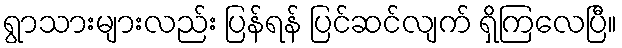
ရွာသားများလည်း ပြန်ရန် ပြင်ဆင်လျက် ရှိကြလေပြီ။